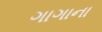
ગાગાના